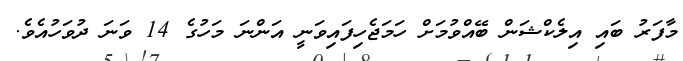
މާފަރު ބައި އިލެކްޝަން ބޭއްވުމަށް ހަމަޖެހިފައިވަނީ އަންނަ މަހުގެ 14 ވަނަ ދުވަހުއެވެ.